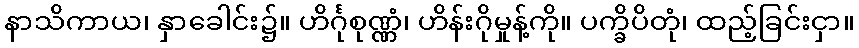
နာသိကာယ၊ နှာခေါင်း၌။ ဟိင်္ဂုစုဏ္ဏံ၊ ဟိန်းဂိုမှုန့်ကို။ ပက္ခိပိတုံ၊ ထည့်ခြင်းငှာ။